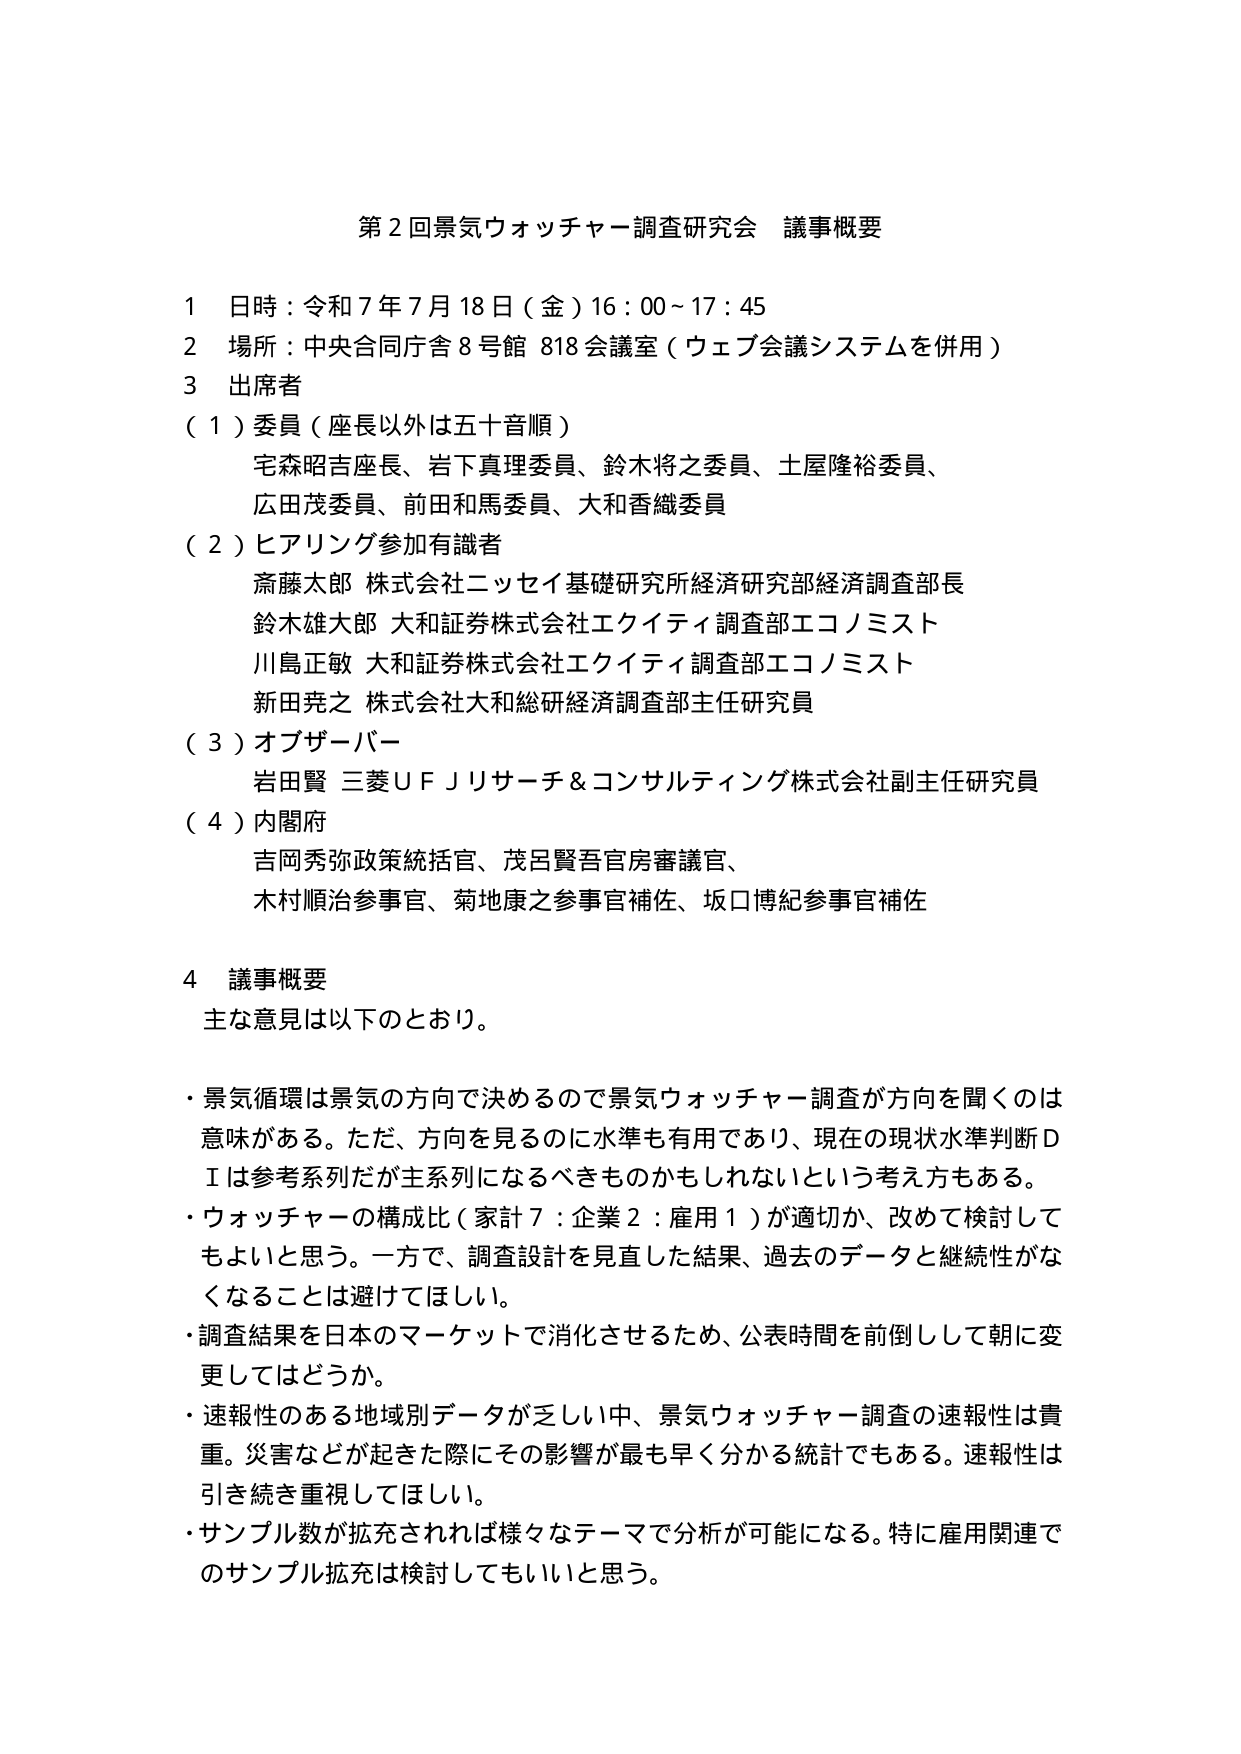
第２回景気ウォッチャー調査研究会 議事概要

１ 日時：令和７年７月18日（金）16：00～17：45
２ 場所：中央合同庁舎８号館 818会議室（ウェブ会議システムを併用）
３ 出席者
（１）委員（座長以外は五十音順）
　　宅森昭吉座長、岩下真理委員、鈴木将之委員、土屋隆裕委員、
　　広田茂委員、前田和馬委員、大和香織委員
（２）ヒアリング参加有識者
　　斎藤太郎 株式会社ニッセイ基礎研究所経済研究部経済調査部長
　　鈴木雄大郎 大和証券株式会社エクイティ調査部エコノミスト
　　川島正敏 大和証券株式会社エクイティ調査部エコノミスト
　　新田堯之 株式会社大和総研経済調査部主任研究員
（３）オブザーバー
　　岩田賢 三菱ＵＦＪリサーチ＆コンサルティング株式会社副主任研究員
（４）内閣府
　　吉岡秀弥政策統括官、茂呂賢吾官房審議官、
　　木村順治参事官、菊地康之参事官補佐、坂口博紀参事官補佐

４ 議事概要
　主な意見は以下のとおり。

・景気循環は景気の方向で決めるので景気ウォッチャー調査が方向を聞くのは意味がある。ただ、方向を見るのに水準も有用であり、現在の現状水準判断ＤＩは参考系列だが主系列になるべきものかもしれないという考え方もある。
・ウォッチャーの構成比（家計７：企業２：雇用１）が適切か、改めて検討してもよいと思う。一方で、調査設計を見直した結果、過去のデータと継続性がなくなることは避けてほしい。
・調査結果を日本のマーケットで消化させるため、公表時間を前倒しして朝に変更してはどうか。
・速報性のある地域別データが乏しい中、景気ウォッチャー調査の速報性は貴重。災害などが起きた際にその影響が最も早く分かる統計でもある。速報性は引き続き重視してほしい。
・サンプル数が拡充されれば様々なテーマで分析が可能になる。特に雇用関連でのサンプル拡充は検討してもいいと思う。